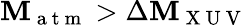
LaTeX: \mathbf{M}_{\mathrm{{~a~t~m~}}}>\Delta\mathbf{M}_{\mathrm{{~X~U~V~}}}